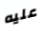
عليه